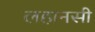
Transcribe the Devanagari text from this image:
लहानसी